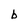
Character: b